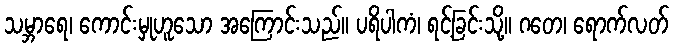
သမ္ဘာရေ၊ ကောင်းမှုဟူသော အကြောင်းသည်။ ပရိပါကံ၊ ရင့်ခြင်းသို့။ ဂတေ၊ ရောက်လတ်